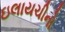
ઇલાયચીનો